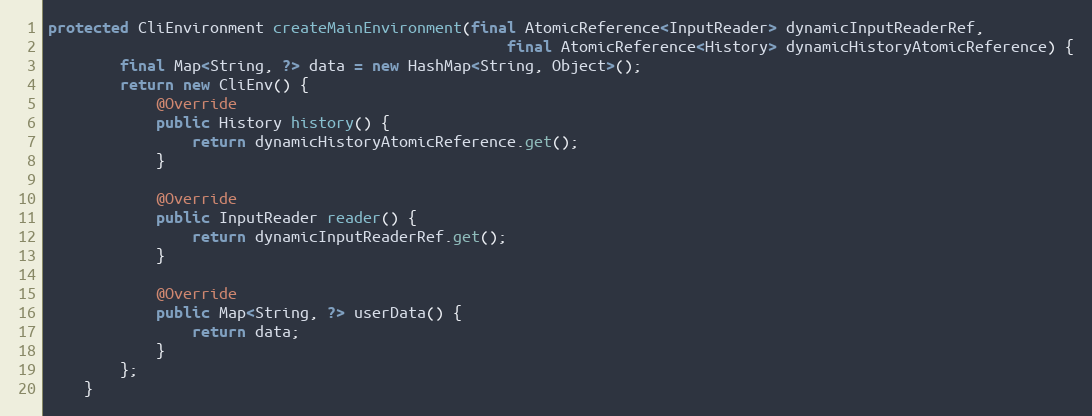
Language: Java
protected CliEnvironment createMainEnvironment(final AtomicReference<InputReader> dynamicInputReaderRef,
                                                   final AtomicReference<History> dynamicHistoryAtomicReference) {
        final Map<String, ?> data = new HashMap<String, Object>();
        return new CliEnv() {
            @Override
            public History history() {
                return dynamicHistoryAtomicReference.get();
            }

            @Override
            public InputReader reader() {
                return dynamicInputReaderRef.get();
            }

            @Override
            public Map<String, ?> userData() {
                return data;
            }
        };
    }